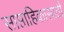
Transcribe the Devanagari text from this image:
साप्ताहिकासाठी